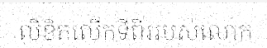
លិខិតលើកទីពីររបស់លោក